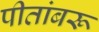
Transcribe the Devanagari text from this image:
पीतांबरू